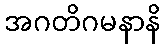
အဂတိဂမနာနိ